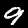
Digit: 9